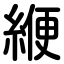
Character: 緶